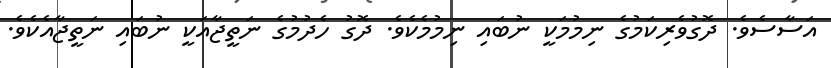
އަސާސެވެ. ދޮގުވެރިކަމުގެ ނިމުމަކީ ނުބައި ނިމުމެކެވެ. ދޮގު ހެދުމުގެ ނަތީޖާއަކީ ނުބައި ނަތީޖާއެކެވެ.